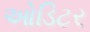
ઓડિટર